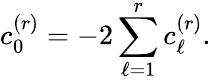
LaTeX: c_{0}^{(r)}=-2\sum_{\ell=1}^{r}c_{\ell}^{(r)}.